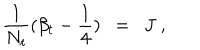
LaTeX: { \frac { 1 } { N _ { t } } } ( \beta _ { t } - { \frac { 1 } { 4 } } ) ~ ~ = ~ ~ J ~ ,